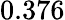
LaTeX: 0.376